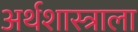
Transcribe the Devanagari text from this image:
अर्थशास्त्राला